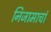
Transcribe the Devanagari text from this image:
निजामाचां